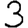
Digit: 3